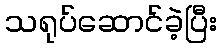
သရုပ်ဆောင်ခဲ့ပြီး